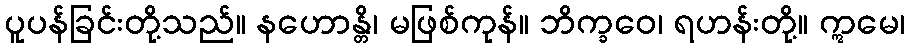
ပူပန်ခြင်းတို့သည်။ နဟောန္တိ၊ မဖြစ်ကုန်။ ဘိက္ခဝေ၊ ရဟန်းတို့။ ဣမေ၊